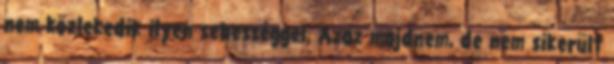
nem közlekedik ilyen sebességgel. Azaz majdnem, de nem sikerült